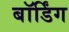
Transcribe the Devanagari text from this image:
बॉर्डिंग